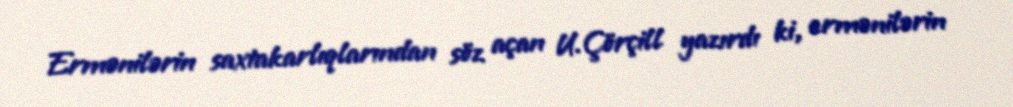
Ermənilərin saxtakarlıqlarından söz açan U.Çörçill yazırdı ki, ermənilərin